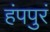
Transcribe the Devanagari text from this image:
हंपपुरं